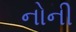
નોની